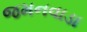
જમનવાડા